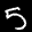
Label: 5